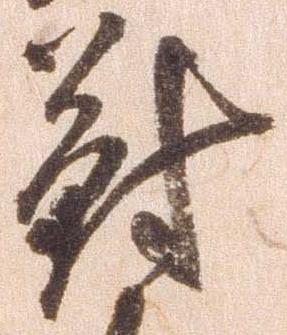
対